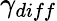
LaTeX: \gamma_{diff}